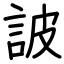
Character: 詖